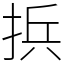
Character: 捠